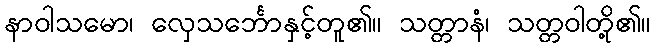
နာဝါသမော၊ လှေသင်္ဘောနှင့်တူ၏။ သတ္တာနံ၊ သတ္တဝါတို့၏။